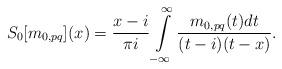
LaTeX: \begin{align*}S_{0}[m_{0,pq}](x) = \frac{x - i}{\pi i} \int\limits_{-\infty}^{\infty} \frac{m_{0,pq}(t) dt}{(t - i)(t - x)}.\end{align*}